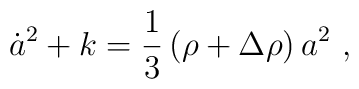
\dot{a}^{2}+k =    \frac{1}{3}\left(\rho+\Delta\rho\right)a^{2} ~,